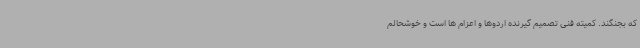
که بجنگند. کمیته فنی تصمیم گیرنده اردوها و اعزام ها است و خوشحالم